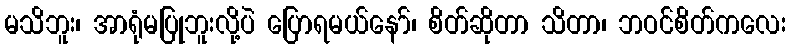
မသိဘူး၊ အာရုံမပြုဘူးလို့ပဲ ပြောရမယ်နော်၊ စိတ်ဆိုတာ သိတာ၊ ဘဝင်စိတ်ကလေး